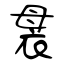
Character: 袰